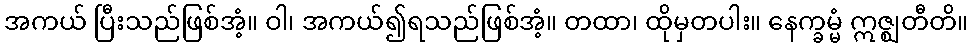
အကယ် ပြီးသည်ဖြစ်အံ့။ ဝါ၊ အကယ်၍ရသည်ဖြစ်အံ့။ တထာ၊ ထိုမှတပါး။ နေက္ခမ္မံ ဣဇ္ဈတီတိ။